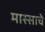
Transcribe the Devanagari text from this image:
मास्साचे